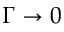
\Gamma \rightarrow 0